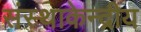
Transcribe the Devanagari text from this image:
संस्थाकेन्द्रीय